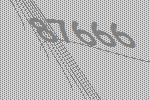
87666